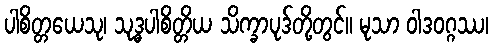
ပါစိတ္တယေသု၊ သုဒ္ဓပါစိတ္တိယ သိက္ခာပုဒ်တို့တွင်။ မုသာ ဝါဒဝဂ္ဂဿ၊